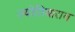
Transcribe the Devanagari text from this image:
ज्योतिबाराव